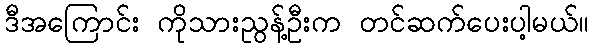
ဒီအကြောင်း ကိုသားညွန့်ဦးက တင်ဆက်ပေးပါ့မယ်။